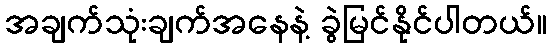
အချက်သုံးချက်အနေနဲ့ ခွဲမြင်နိုင်ပါတယ်။